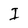
Character: I